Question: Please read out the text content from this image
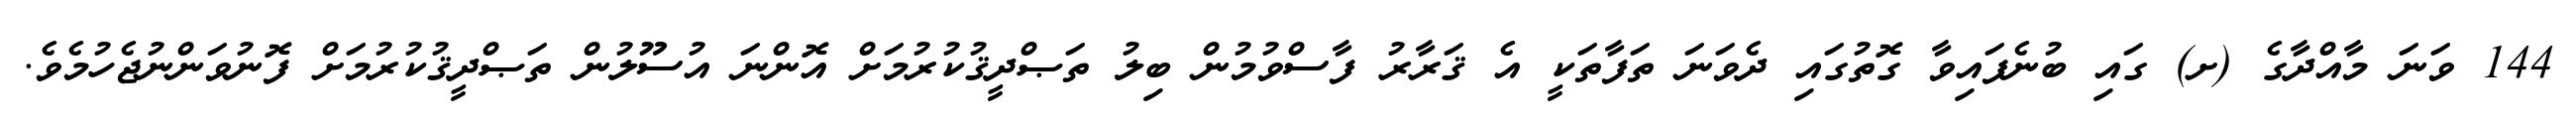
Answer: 144 ވަނަ މާއްދާގެ (ށ) ގައި ބުނެފައިވާ ގޮތުގައި ދެވަނަ ތަފާތަކީ އެ ޤަރާރު ފާސްވުމުން ބިލު ތަޞްދީޤުކުރުމަށް އޮންނަ އުސޫލުން ތަޞްދީޤުކުރުމަށް ފޮނުވަންނުޖެހުމެވެ.